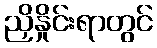
ညှိနှိုင်းရာတွင်